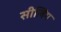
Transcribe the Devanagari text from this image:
सीलिग